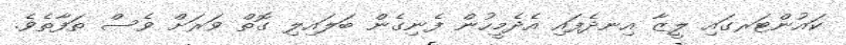
ކައުންޓަރގައި ލީޒާ އިނދެފައި އެދެމީހުން ފެނިގެން ބަލައިލި ގޮތް ވަރަށް ވެސް ތަފާތެވެ.